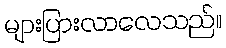
များပြားလာလေသည်။